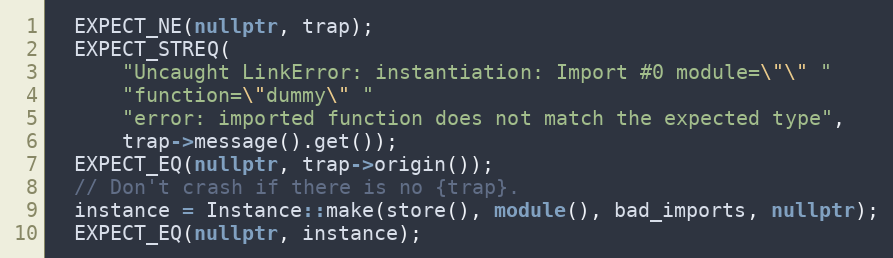
Language: C++
  EXPECT_NE(nullptr, trap);
  EXPECT_STREQ(
      "Uncaught LinkError: instantiation: Import #0 module=\"\" "
      "function=\"dummy\" "
      "error: imported function does not match the expected type",
      trap->message().get());
  EXPECT_EQ(nullptr, trap->origin());
  // Don't crash if there is no {trap}.
  instance = Instance::make(store(), module(), bad_imports, nullptr);
  EXPECT_EQ(nullptr, instance);